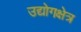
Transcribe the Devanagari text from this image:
उद्योगक्षेत्र